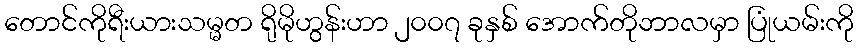
တောင်ကိုရီးယားသမ္မတ ရိုမိုဟွန်းဟာ ၂၀၀၇ ခုနှစ် အောက်တိုဘာလမှာ ပြုံယမ်းကို